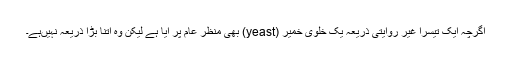
اگرچہ ایک تیسرا غیر روایتی ذریعہ یک خلوی خمیر (yeast) بھی منظر عام پر آیا ہے لیکن وہ اتنا بڑا ذریعہ نہیںہے۔